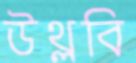
উথ্‌লবি